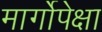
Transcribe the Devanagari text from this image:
मार्गोपेक्षा